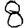
Digit: 8